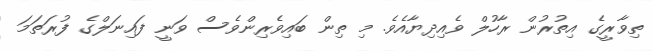
ތިވާރީގެ އިތުރުން ރާހުލް ވެއިދިޔާއެވެ. މި ތިން ބައިވެރިންވެސް ވަނީ ފައިނަލްގެ ފުރަތަމަ